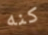
كنه